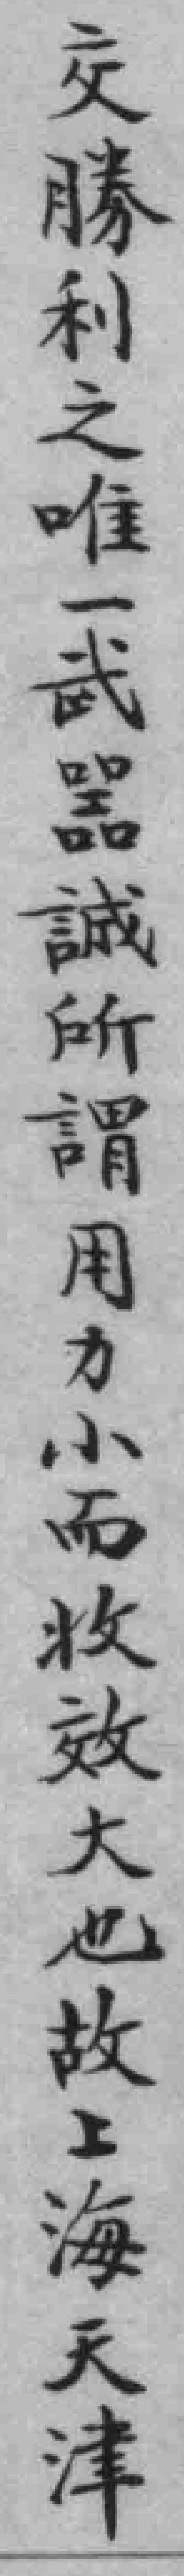
交勝利之唯一武器誠所謂用力小而收效大也故工海天津